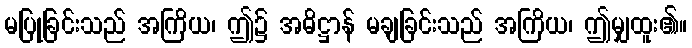
မပြုခြင်းသည် အကြိယ၊ ဤ၌ အဓိဋ္ဌာန် မချခြင်းသည် အကြိယ၊ ဤမျှထူး၏။